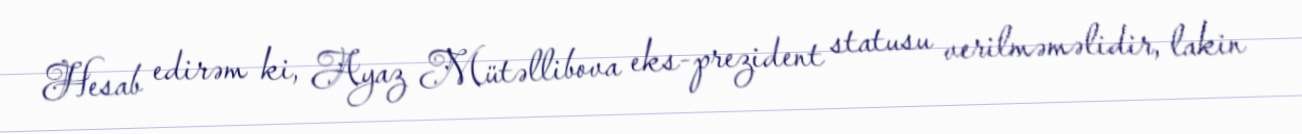
Hesab edirəm ki, Ayaz Mütəllibova eks-prezident statusu verilməməlidir, lakin